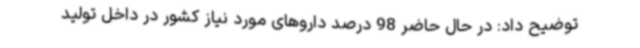
توضیح داد: در حال حاضر 98 درصد داروهای مورد نیاز کشور در داخل تولید